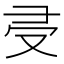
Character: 𠬶